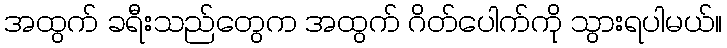
အထွက် ခရီးသည်တွေက အထွက် ဂိတ်ပေါက်ကို သွားရပါမယ်။